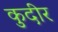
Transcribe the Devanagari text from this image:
कुदीर